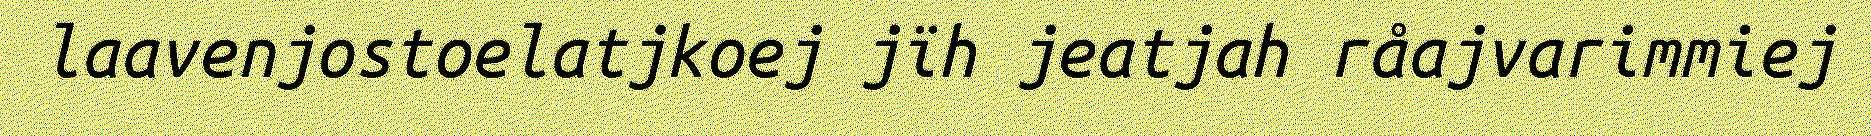
laavenjostoelatjkoej jïh jeatjah råajvarimmiej